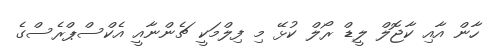
ހާން އާއި ކާޖޮލް ލީޑް ރޯލް ކުޅޭ މި ފިލްމަކީ ޗެންނާއީ އެކްސްޕްރެސްގެ